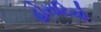
હોરાટિયો